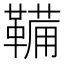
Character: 鞴